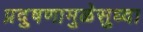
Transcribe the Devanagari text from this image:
प्रदुषणामुळेसुध्दा